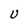
Character: U